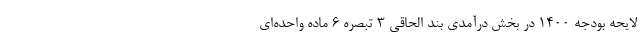
لایحه بودجه ١۴٠٠ در بخش درآمدی بند الحاقی ۳ تبصره ۶ ماده واحده‌ای